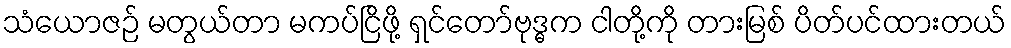
သံယောဇဉ် မတွယ်တာ မကပ်ငြိဖို့ ရှင်တော်ဗုဒ္ဓက ငါတို့ကို တားမြစ် ပိတ်ပင်ထားတယ်